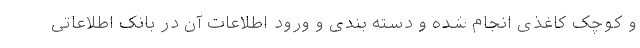
و کوچک کاغذی انجام شده و دسته بندی و ورود اطلاعات آن در بانک اطلاعاتی